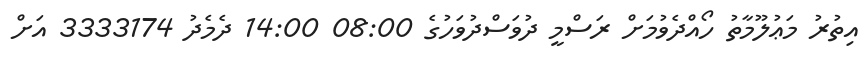
އިތުރު މަޢުލޫމާތު ހޯއްދެވުމަށް ރަސްމީ ދުވަސްދުވަހުގެ 08:00 14:00 ދެމެދު 3333174 އަށް